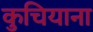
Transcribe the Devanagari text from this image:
कुचियाना